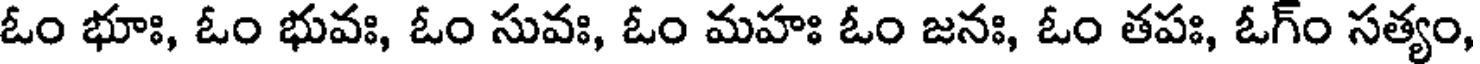
ఓం భూః, ఓం భువః, ఓం సువః, ఓం మహః ఓం జనః, ఓం తపః, ఓగ్ం సత్యం,